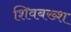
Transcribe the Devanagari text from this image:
शिवबख्श